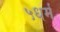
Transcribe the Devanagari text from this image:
५धर्म